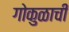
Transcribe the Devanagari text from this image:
गोकुळाची